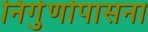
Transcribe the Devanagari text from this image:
निर्गुणोपासना